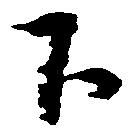
下